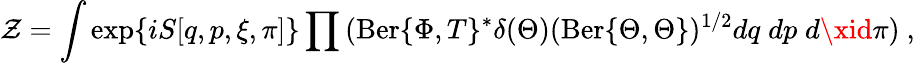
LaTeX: \mathcal{Z}=\int\exp\{ iS[q,p,\xi,\pi]\} \prod{(\mathrm{{Ber}}\{ \Phi,T\} ^{*}\delta(\Theta)(\mathrm{{Ber}}\{ \Theta,\Theta\} )^{1/2}dq\; dp\; d\xid\pi})\ ,